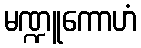
မဏ္ဍူကောဟံ